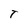
Character: T